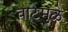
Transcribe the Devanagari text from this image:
वाटेमुळे